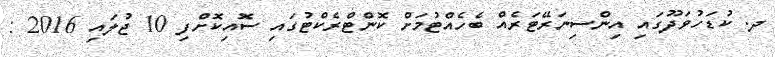
ދ. ކުޑަހުވަދޫގައި އިންސިނަރޭޓަރެއް ބެހެއްޓުމަށް ކޮންޓްރެކްޓުގައި ސޮއިކޮށްފި 10 ޖުލައި 2016 :